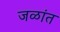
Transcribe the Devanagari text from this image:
जळांत